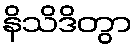
နိသိဒိတွာ